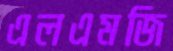
এলএমজি